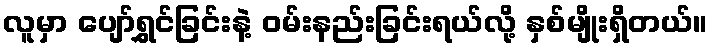
လူမှာ ပျော်ရွှင်ခြင်းနဲ့ ဝမ်းနည်းခြင်းရယ်လို့ နှစ်မျိုးရှိတယ်။